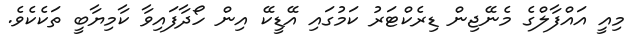
މިއީ އައްފާލްގެ މެނޭޖިން ޑިރެކްޓަރު ކަމުގައި އޭޑީކޭ އިން ހޯދާފައިވާ ކާމިޔާބީ ތަކެކެވެ.